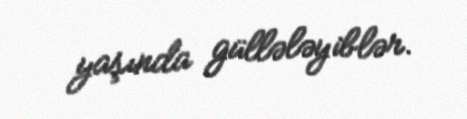
yaşında güllələyiblər.